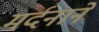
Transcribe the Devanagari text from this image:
मर्दनाने